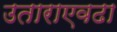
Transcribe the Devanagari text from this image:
उताराएवढा